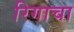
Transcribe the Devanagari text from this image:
रिगाचा